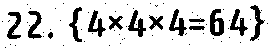
22. {4×4×4=64}